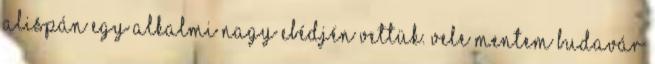
alispán egy alkalmi nagy ebédjén vettük. Vele mentem Budavár